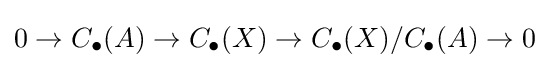
0\to C_{\bullet }(A)\to C_{\bullet }(X)\to C_{\bullet }(X)/C_{\bullet }(A)\to 0